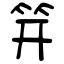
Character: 笄